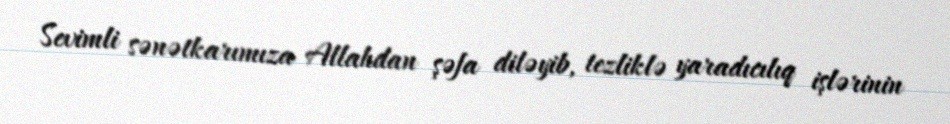
Sevimli sənətkarımıza Allahdan şəfa diləyib, tezliklə yaradıcılıq işlərinin